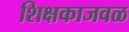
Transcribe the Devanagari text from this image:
शिक्षकाजवळ